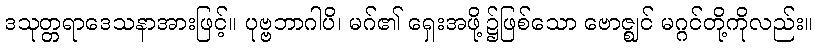
ဒသုတ္တရာဒေသနာအားဖြင့်။ ပုဗ္ဗဘာဂါပိ၊ မဂ်၏ ရှေးအဖို့၌ဖြစ်သော ဗောဇ္ဈင် မဂ္ဂင်တို့ကိုလည်း။